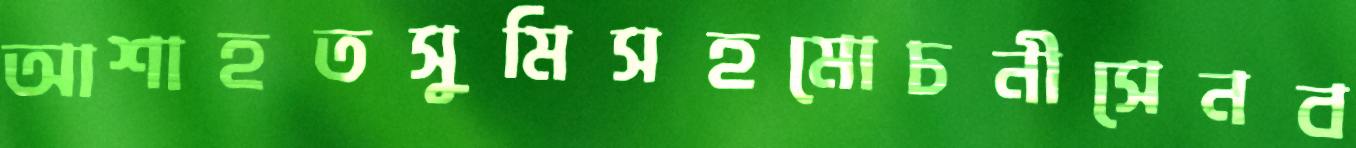
আশাহতসুমিসহমোচনীসেনব